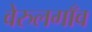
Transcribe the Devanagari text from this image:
वेरुलगाँव